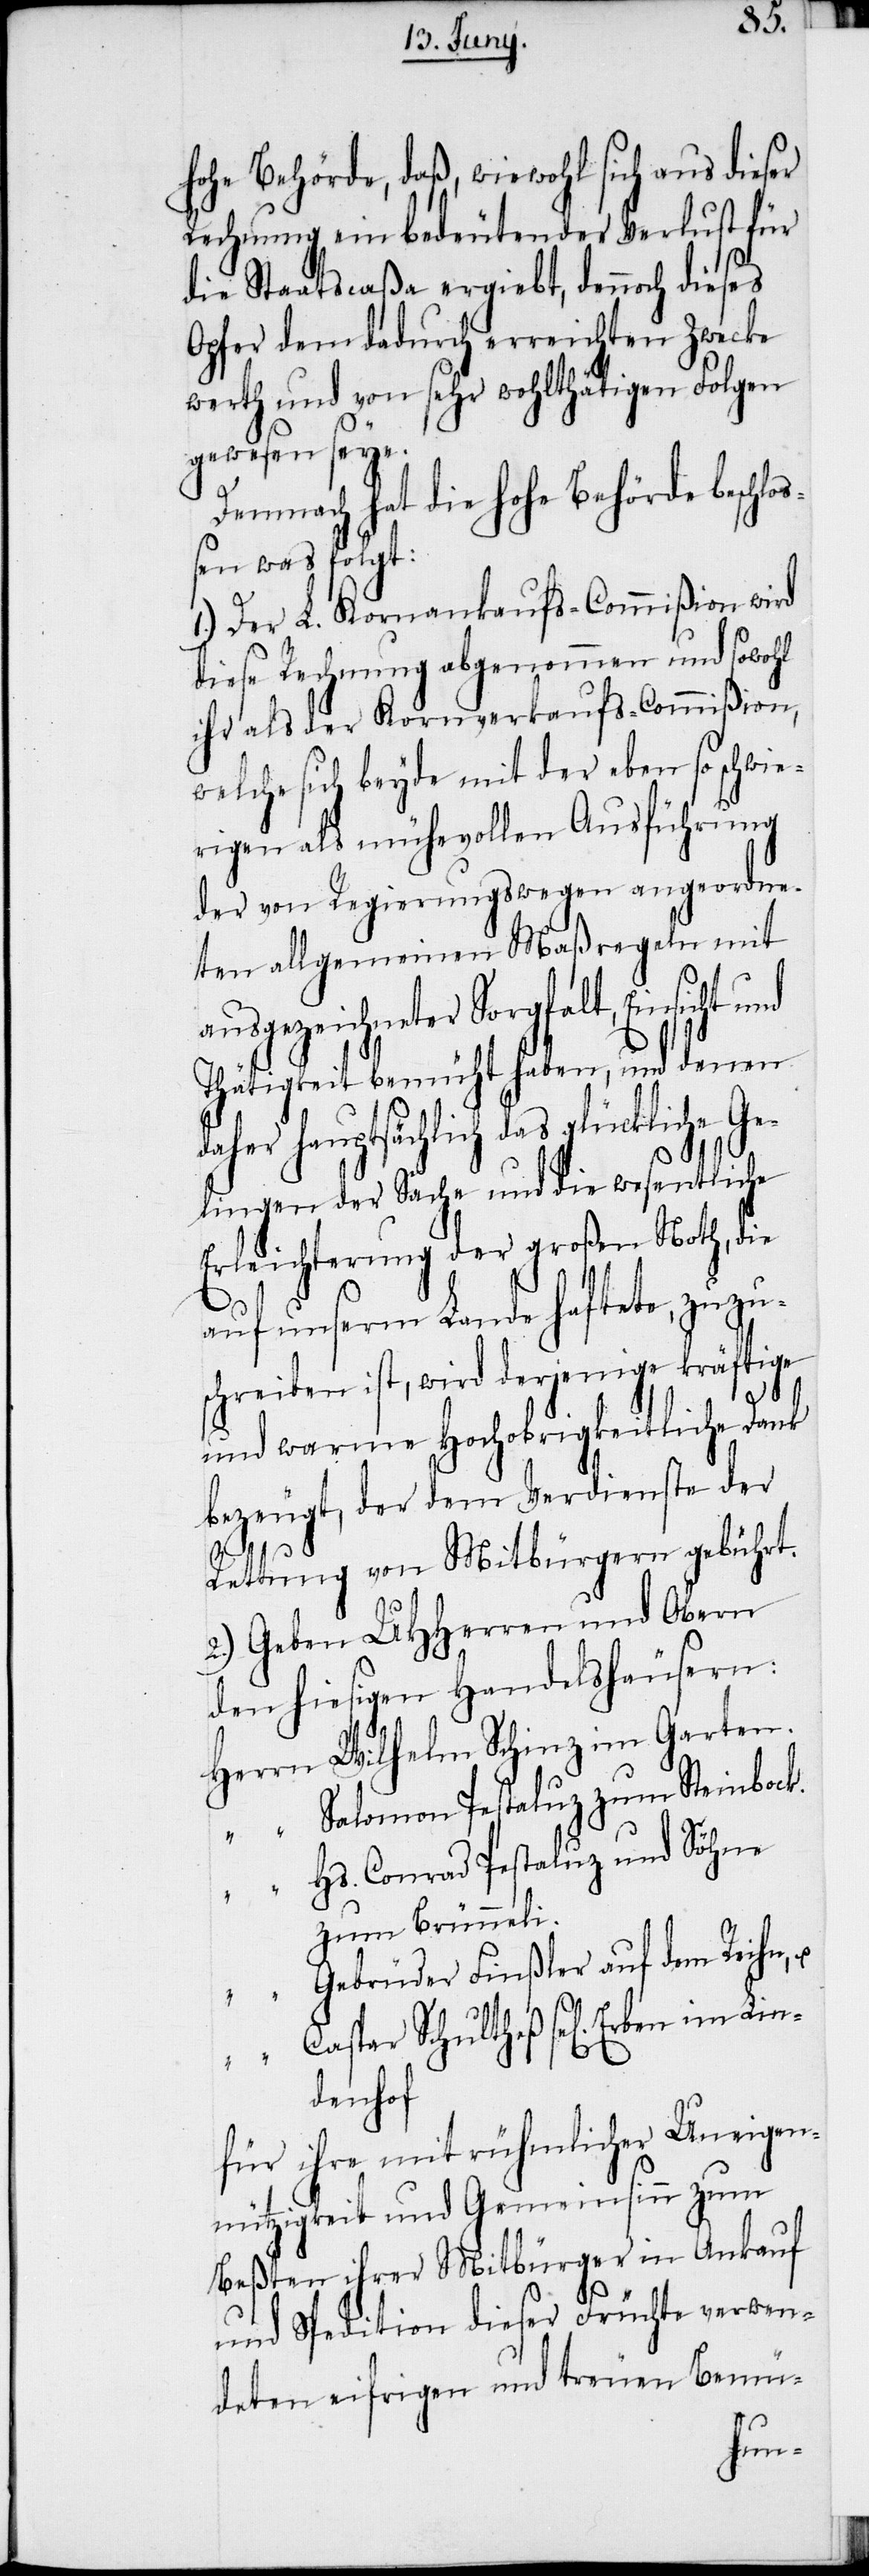
hohe Behörde, daß, wiewohl sich aus dieser
Rechnung ein bedeutender Verlust für
die Staatscaßa ergiebt, dennoch dieses
Opfer dem dadurch erreichten Zwecke
werth und von sehr wohlthätigen Folgen
gewesen seye.
Demnach hat die hohe Behörde beschlo¬
ßen was folgt:
1.) Der L. Kornankaufs-Commißion wird
diese Rechnung abgenommen und sowohl
ihr als der Kornverkaufs-Commißion,
welche sich beyde mit der eben so schwie¬
rigen als mühevollen Ausführung
der von Regierungswegen angeordne¬
ten allgemeinen Maßregeln mit
ausgezeichneter Sorgfalt, Einsicht und
Thätigkeit bemüht haben, und denen
daher hauptsächlich das glückliche Ge¬
“
lingen der Sache und die wesentliche
Erleichterung der großen Noth, die
auf unserm Lande haftete, zuzu¬
schreiben ist, wird derjenige kräftige
und warme Hochobrigkeitliche Dank
bezeugt, der dem Verdienste der
u.
Rettung von Mitbürgern gebührt.
2.) Geben UHHerren und Obern
den hiesigen Handelshäusern:
Wilhelm Schinz zum Garten.
Salomon Pestaluz zum Steinbock.
Hs. Conrad Pestaluz und Söhne
zum Brünneli.
Gebrüder Finßler auf dem Reihn,
Caspar Schultheß sel[ig] Erben im
denhof
für ihre mit rühmlicher Uneige¬
nnützigkeit und Gemeinsinn zum
Beßten ihrer Mitbürger in Ankauf
und Spedition dieser Früchte verwen¬
deten eifrigen und treuen Bemü-
Lin¬